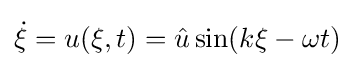
{\dot {\xi }}=u(\xi ,t)={\hat {u}}\sin(k\xi -\omega t)